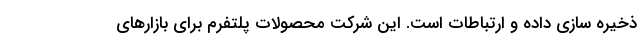
ذخیره سازی داده و ارتباطات است. این شرکت محصولات پلتفرم برای بازارهای